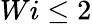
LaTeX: Wi\leq 2